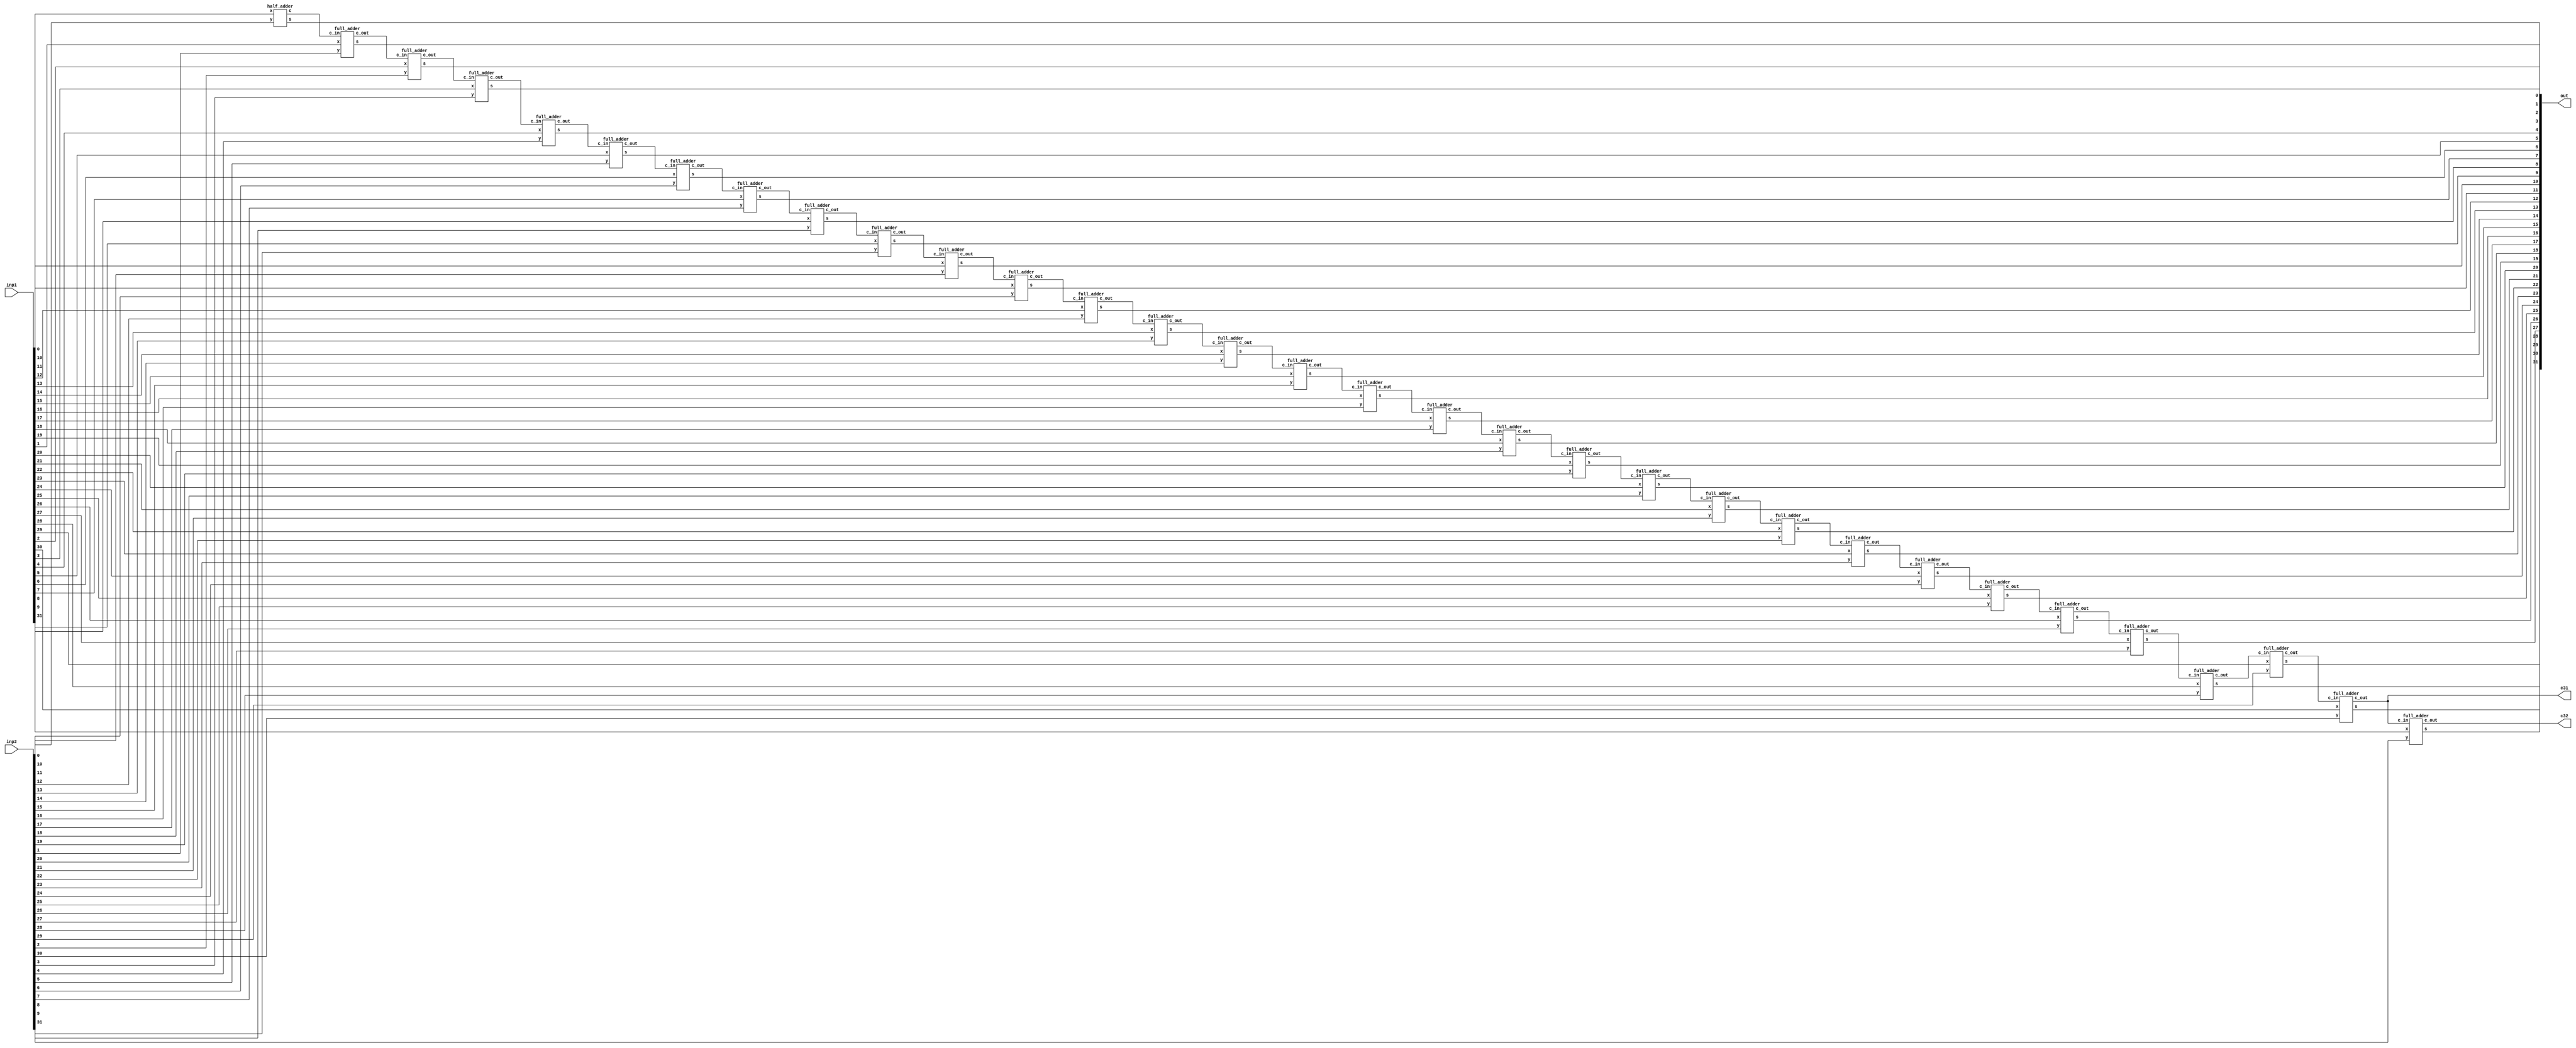
`timescale 1ns / 1ps
//////////////////////////////////////////////////////////////////////////////////
// Company: 
// Engineer: 
// 
// Design Name: 
// Module Name:    adder 
// Project Name: 
// Target Devices: 
// Tool versions: 
// Description: 
//
// Dependencies: 
//
// Revision: 
// Revision 0.01 - File Created
// Additional Comments: 
//
//////////////////////////////////////////////////////////////////////////////////
module adder(
    input [31:0]inp1,
    input [31:0]inp2,
    output [31:0]out,
	 output c31,
	 output c32
    );




  wire [30:0] carry;
   genvar i;
   generate 
   for(i=0;i<31;i=i+1)
     begin: add
   if(i==0) 
  half_adder f(inp1[0],inp2[0],out[0],carry[0]);
   else
  full_adder f(inp1[i],inp2[i],carry[i-1],out[i],carry[i]);
     end
  assign c31=carry[30];
  full_adder k(inp1[31],inp2[31],c31,out[31],c32);
   endgenerate
endmodule 


// Verilog code for half adder 
module half_adder(x,y,s,c);
   input x,y;
   output s,c;
   assign s=x^y;
   assign c=x&y;
endmodule // half adder

 
// Verilog code for full adder 
module full_adder(x,y,c_in,s,c_out);
   input x,y,c_in;
   output s,c_out;
 assign s = (x^y) ^ c_in;
 assign c_out = (y&c_in)| (x&y) | (x&c_in);
endmodule // full_adder